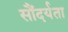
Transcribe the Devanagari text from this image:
सौंदर्यता